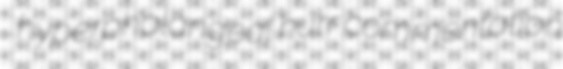
hyperphalangeal hurr commentation